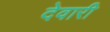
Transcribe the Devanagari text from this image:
देवारी